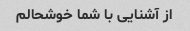
از آشنایی با شما خوشحالم